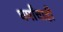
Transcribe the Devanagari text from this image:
धर्मांचाही